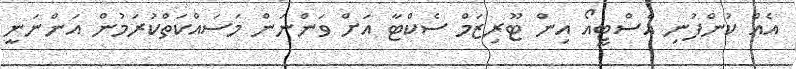
އެއް ކުންފުނި އެސްޓީއޯ އިން ޓޫރިޒަމް ސެކްޓާ އަށް ވަންނަން މަސައްކަތްކުރަމުން އަންނަނީ